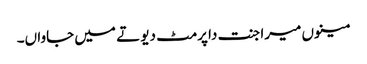
مینوں میرا جنت دا پرمٹ دیو تے میں جاواں۔